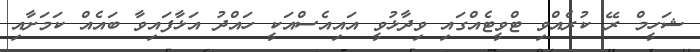
ޝަހީމް ރޭ ކުރެއްވި ޓްވީޓެއްގައި ވިދާޅުވީ އައިއެސްއަކީ ހައްދު އަޅާފައިވާ ބައެއް ކަމަށާއި